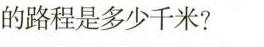
的路程是多少千米?